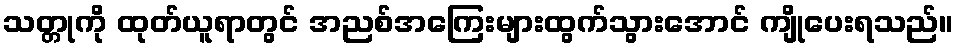
သတ္တုကို ထုတ်ယူရာတွင် အညစ်အကြေးများထွက်သွားအောင် ကျိုပေးရသည်။